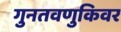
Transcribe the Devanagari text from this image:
गुनतवणुकिवर